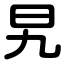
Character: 旯